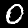
Digit: 0